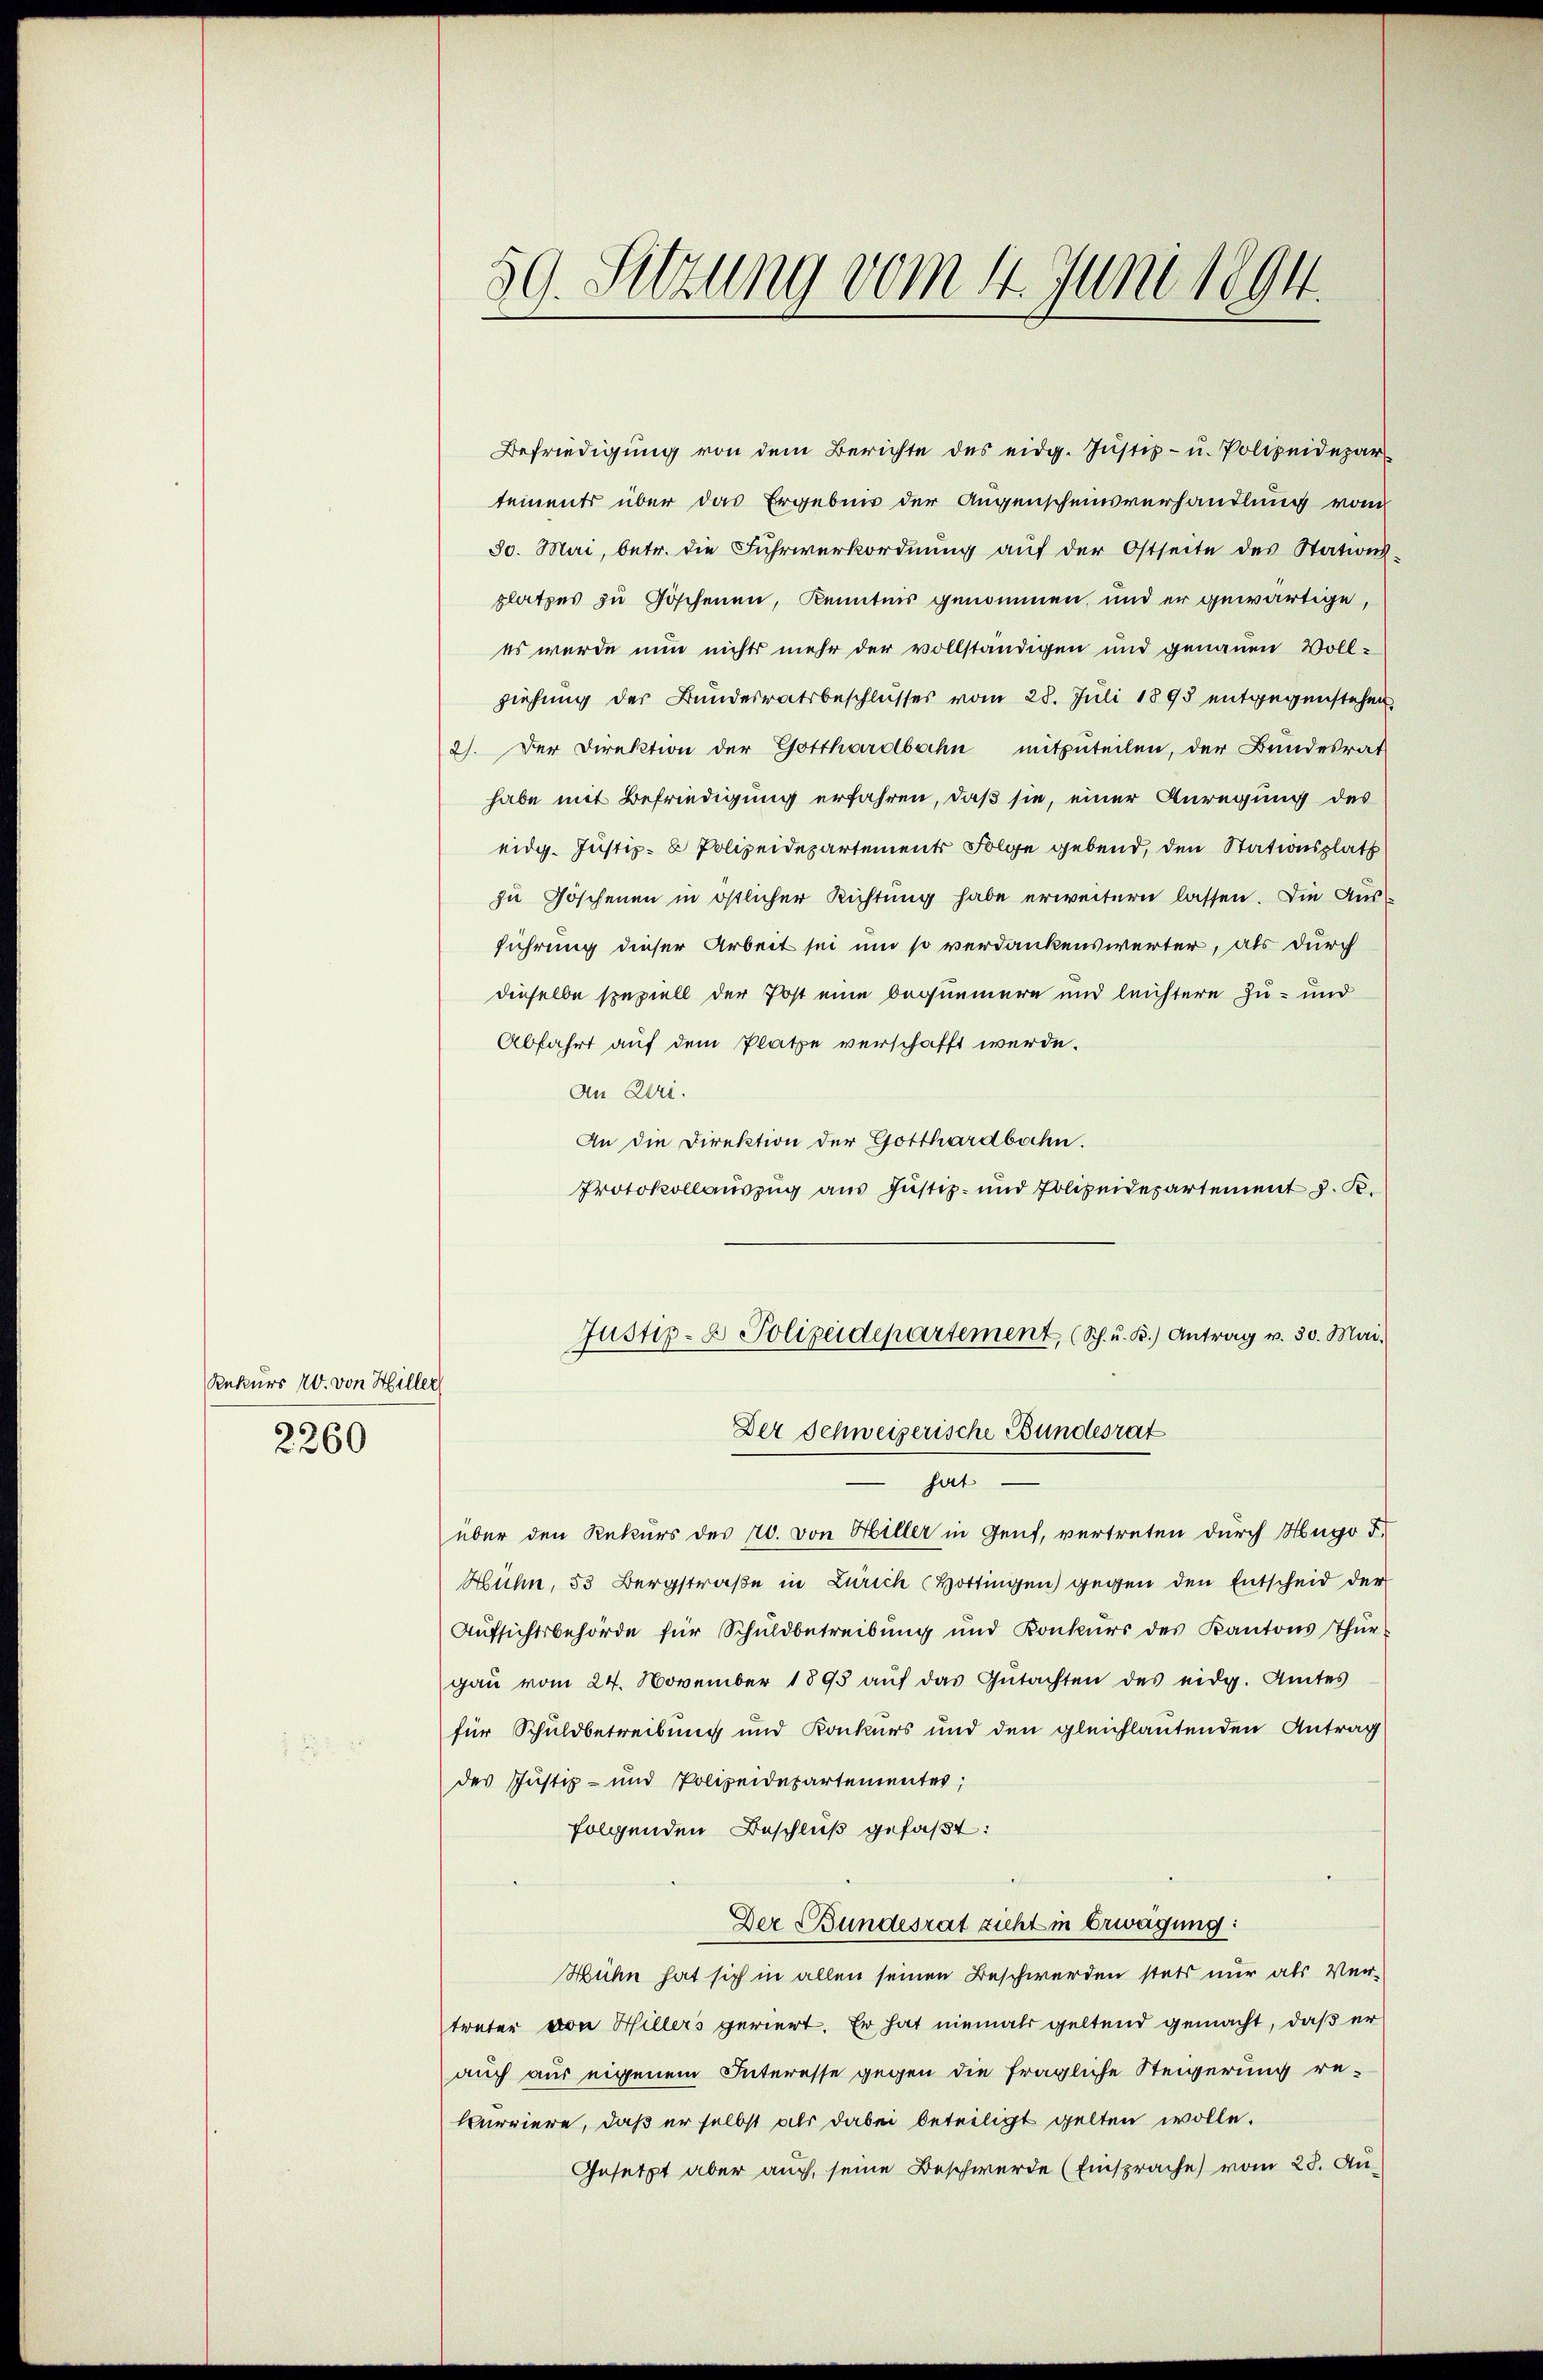
Rekurs 20. von Hiller
2360

59. Sitzung vom 4. Juni 1894.

Befriedigung von dem Berichte des eidg. Justiz- u. Polizeidepar
tements über das Ergebnis der Augenscheinsverhandlung vom
30. Mai, betr. die Fuhrwerkordnung auf der Ostseite des Stationsplatzes zu Göschenen, Kenntnis genommen, und er gewärtige,
es wurde nun nichts mehr der vollständigen und genauen Vollziehung der Bundesratsbeschlusses vom 28. Juli 1895 entgegenstehen,
2). Der Direktion der Gotthardbahn mitzuteilen, der Bundesrat
habe mit Befriedigung erfahren, daß sie, einer Anregung des
eidg. Justiz- & Polizeidepartement Folge gebend, den Stationsplatt
zu Göschenen in östlicher Richtung habe erweitern lassen. Die Ausführung dieser Arbeit sei um so verdankenswerter, als durch
dieselbe speziell der Post eine bequemern und leichtere Zu- und
Abfahrt auf dem Platze verschafft werde.
An Zeri.
An die Direktion der Gotthardbahn.
Protokollauszug aus Justiz- und Polizeidepartement J. K.
Justiz- & Polizeidepartement (Sch. u. R.) Antrag v. 30. Mai.
Der Schweizerische Bundesrat
I
über den Rekurs des 20. von Hiller in Genf, vertreten durch Hugo F.
Huhn, 53 Bergstraße in Zürich Hottingen) gegen den Entscheid der
Aufsichtsbehörde für Schuldbetreibung und Konkurs des Kantons Thür
gau vom 24. November 1895 auf das Gutachten des eidg. Amtes
für Schuldbetreibung und Konkurs und den gleichlautenden Antrag
des Justiz- und Polizeidepartementes;
folgenden Beschluß gefaßt:
Der Bundesrat zieht in Erwägung:
Hühn hat sich in allen seinen Beschwerden stets nur als Vertreten von Hillers geriert. Er hat niemals geltend gemacht, daß er
auch aus eigenem Interesse gegen die fragliche Steigerung re¬
Curriere, daß er selbst als dabei beteiligt gelten wolle.
Gesetzt aber auch seine Beschwerde (Einsprache) vom 28. Au